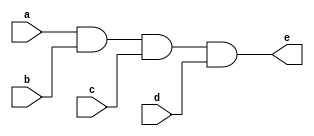
// This program was cloned from: https://github.com/tangxifan/micro_benchmark
// License: MIT License

/////////////////////////////////////////
//  Functionality: 4-input AND 
////////////////////////////////////////
`timescale 1ns / 1ps

module and4(
  a,
  b,
  c,
  d,
  e);

input wire a;
input wire b;
input wire c;
input wire d;
output wire e;

assign e = a & b & c & d;

endmodule